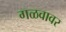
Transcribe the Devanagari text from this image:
गळवावर